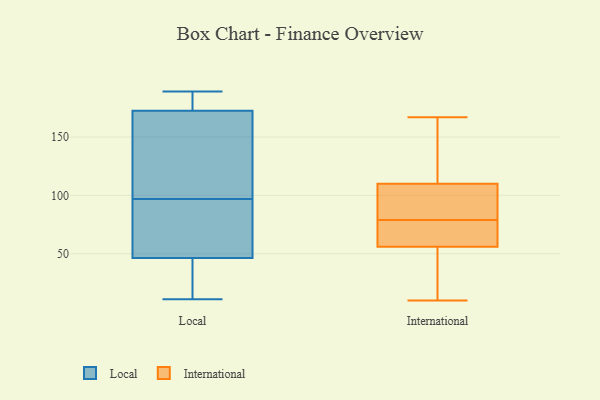
{"axis": {"x": "Churn Rate (%)", "y": "Value"}, "legend": ["International", "Local"], "data": [{"x": "", "y": 189, "type": "Local"}, {"x": "", "y": 178, "type": "Local"}, {"x": "", "y": 97, "type": "Local"}, {"x": "", "y": 162, "type": "Local"}, {"x": "", "y": 89, "type": "Local"}, {"x": "", "y": 129, "type": "Local"}, {"x": "", "y": 80, "type": "Local"}, {"x": "", "y": 187, "type": "Local"}, {"x": "", "y": 145, "type": "Local"}, {"x": "", "y": 11, "type": "Local"}, {"x": "", "y": 84, "type": "Local"}, {"x": "", "y": 176, "type": "Local"}, {"x": "", "y": 27, "type": "Local"}, {"x": "", "y": 27, "type": "Local"}, {"x": "", "y": 35, "type": "Local"}, {"x": "", "y": 90, "type": "International"}, {"x": "", "y": 87, "type": "International"}, {"x": "", "y": 55, "type": "International"}, {"x": "", "y": 106, "type": "International"}, {"x": "", "y": 131, "type": "International"}, {"x": "", "y": 61, "type": "International"}, {"x": "", "y": 119, "type": "International"}, {"x": "", "y": 67, "type": "International"}, {"x": "", "y": 110, "type": "International"}, {"x": "", "y": 167, "type": "International"}, {"x": "", "y": 71, "type": "International"}, {"x": "", "y": 10, "type": "International"}, {"x": "", "y": 16, "type": "International"}, {"x": "", "y": 56, "type": "International"}]}